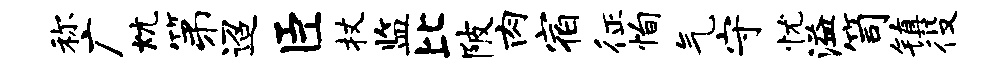
称广炕第迢臣杖监比陂肉宿征恂气守忧溢笥镇役